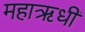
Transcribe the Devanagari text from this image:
महाऋधी